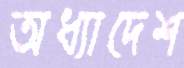
অধ্যাদেশ